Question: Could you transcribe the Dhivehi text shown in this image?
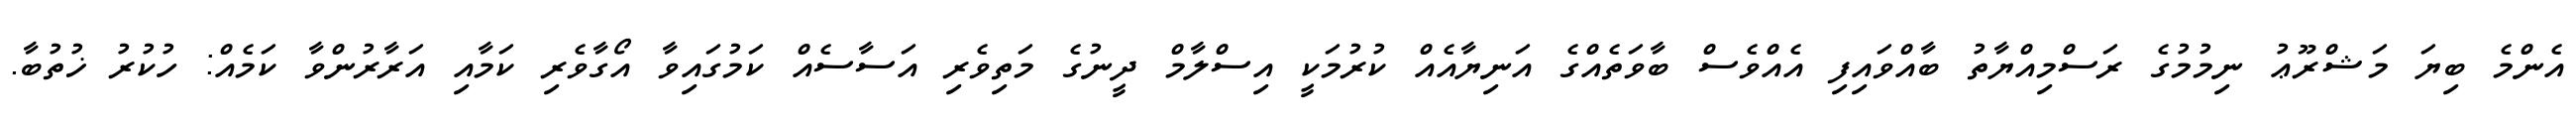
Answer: އެންމެ ބިޔަ މަޝްރޫޢު ނިމުމުގެ ރަސްމިއްޔާތު ބާއްވައިފި އެއްވެސް ބާވަތެއްގެ އަނިޔާއެއް ކުރުމަކީ އިސްލާމް ދީނުގެ މަތިވެރި އަސާސެއް ކަމުގައިވާ އޯގާވެރި ކަމާއި އަރާރުންވާ ކަމެއް: ހުކުރު ޚުތުބާ.